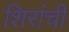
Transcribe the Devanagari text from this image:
शिरांची